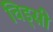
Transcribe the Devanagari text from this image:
चिड्सी